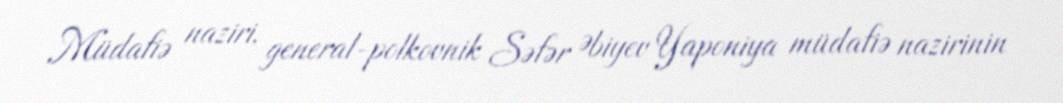
Müdafiə naziri, general-polkovnik Səfər Əbiyev Yaponiya müdafiə nazirinin